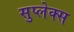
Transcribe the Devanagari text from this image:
सुप्लेक्स